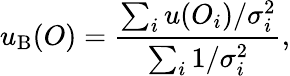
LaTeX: u_{\mathrm{B}}(O)=\frac{\sum_{i}u(O_{i})/\sigma_{i}^{2}}{\sum_{i}1/\sigma_{i}^{2}},